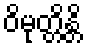
ဝိမုတ္တိန္တိ